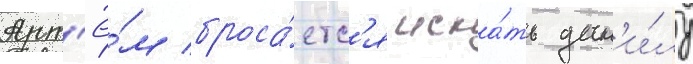
Арт'ё́м броса́етс'я иска́ть дан'и́лу